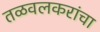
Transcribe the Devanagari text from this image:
तळवलकरांचा